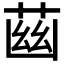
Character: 𦱳